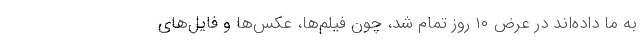
به ما داده‌اند در عرض ۱۰ روز تمام شد، چون فیلم‌ها، عکس‌ها و فایل‌های